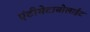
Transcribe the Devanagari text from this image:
एंटीमेटाबोलाईट